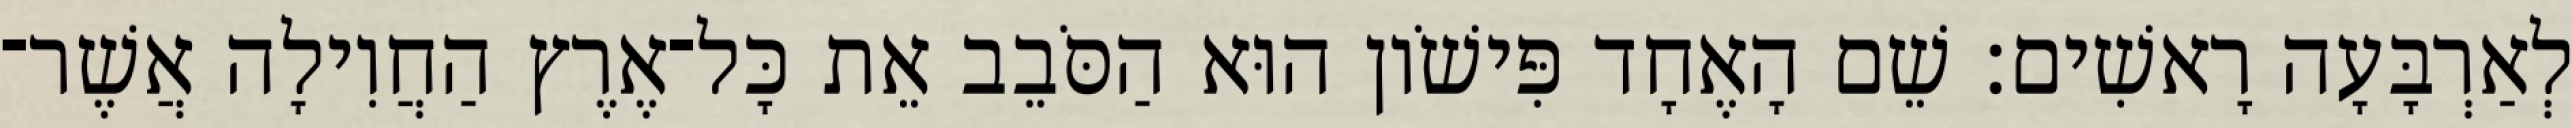
לְאַרְבָּעָה רָאשִׁים׃ שֵׁם הָאֶחָד פִּישֹׁון הוּא הַסֹּבֵב אֵת כָּל־אֶרֶץ הַחֲוִילָה אֲשֶׁר־